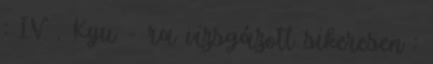
: IV . Kyu - ra vizsgázott sikeresen :